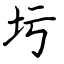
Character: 圬